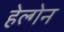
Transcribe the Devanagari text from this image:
हेल्गेन